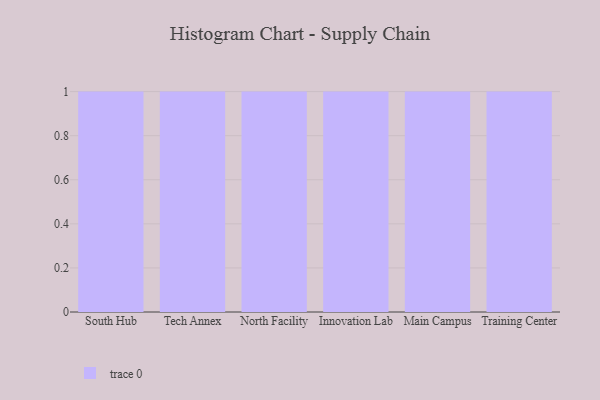
{"axis": {"x": "Campus", "y": "Page Views"}, "legend": [""], "data": [{"x": "South Hub", "y": 62, "type": ""}, {"x": "Tech Annex", "y": 74, "type": ""}, {"x": "North Facility", "y": 27, "type": ""}, {"x": "Innovation Lab", "y": 18, "type": ""}, {"x": "Main Campus", "y": 45, "type": ""}, {"x": "Training Center", "y": 20, "type": ""}]}